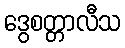
ဒွေစတ္တာလီသ